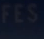
FES